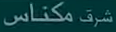
مکناس شرط